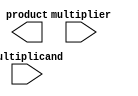
module wallace_tree_multiplier #(parameter N = 4) (
    input [N-1:0] multiplicand,
    input [N-1:0] multiplier,
    output [2*N-1:0] product
);

    wire [N-1:0] pp[N-1:0]; // Partial products
    wire [2*N-1:0] sum[N-1:0]; // Sums from CSAs
    wire [2*N-1:0] carry[N-1:0]; // Carries from CSAs

    // Generate Partial Products
    genvar i, j;
    generate
        for (i = 0; i < N; i = i + 1) begin: pp_gen
            assign pp[i] = multiplicand & {N{multiplier[i]}};
        end
    endgenerate

    // Wallace Tree CSA Logic
    // Stage 1: Combine Partial Products
    generate
        for (i = 0; i < N; i = i + 1) begin: CSA_stage1
            if (i % 3 == 0) begin
                assign sum[i/3] = pp[i] + pp[i+1] + (i+2 < N ? pp[i+2] : 0);
                assign carry[i/3] = (pp[i][N-1] & pp[i+1][N-1]) | 
                                    (pp[i+1][N-1] & (i+2 < N ? pp[i+2][N-1] : 0)) | 
                                    (pp[i][N-1] & (i+2 < N ? pp[i+2][N-1] : 0));
            end
        end
    endgenerate

    // Stage 2: Further Reduce Using CSAs (Assuming we have a maximum of 2 levels)
    wire [2*N-1:0] final_sum, final_carry;
    assign final_sum = sum[0] + sum[1] + (N > 2 ? sum[2] : 0);
    assign final_carry = (sum[0][2*N-1] & sum[1][2*N-1]) | 
                         (sum[1][2*N-1] & (N > 2 ? sum[2][2*N-1] : 0)) | 
                         (sum[0][2*N-1] & (N > 2 ? sum[2][2*N-1] : 0));

    // Final Addition
    wire [2*N-1:0] final_product;
    assign final_product = final_sum + final_carry;

    // Output
    assign product = final_product;

endmodule